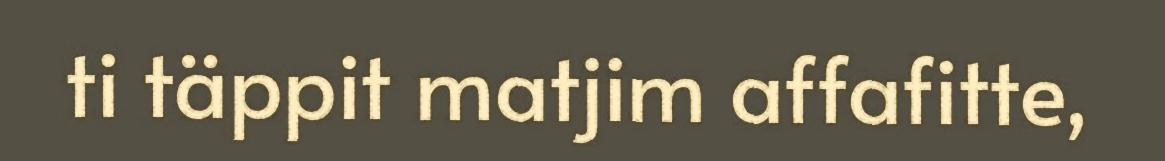
ti täppit matjim affafitte,